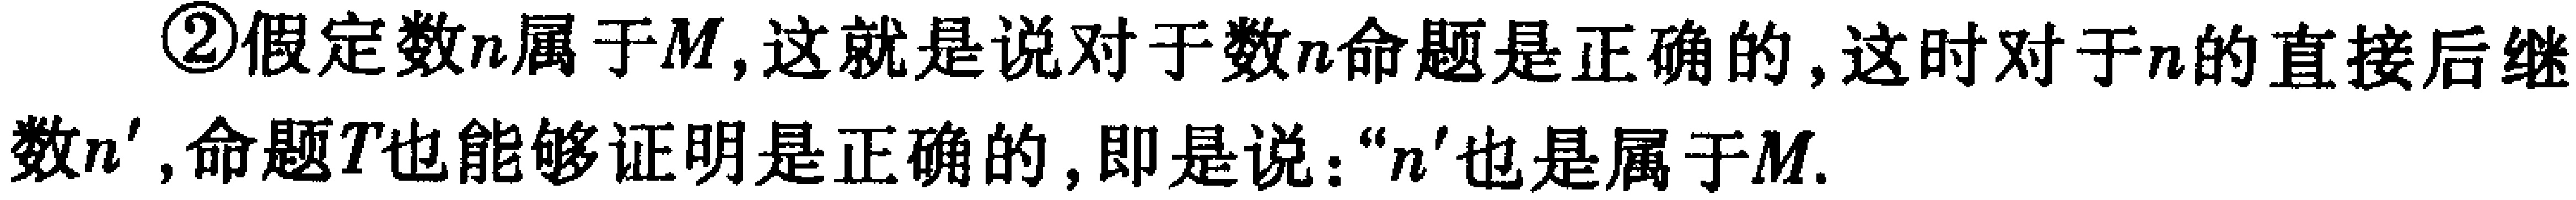
\textcircled{2}假定数\(n\)属于\(M\)，这就是说对于数\(n\)命题是正确的，这时对于\(n\)的直接后继数\(n'\)，命题\(T\)也能够证明是正确的，即是说：“\(n'\)也是属于\(M\).